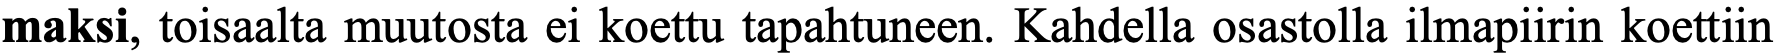
maksi, toisaalta muutosta ei koettu tapahtuneen. Kahdella osastolla ilmapiirin koettiin